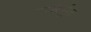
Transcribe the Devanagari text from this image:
समर्पून